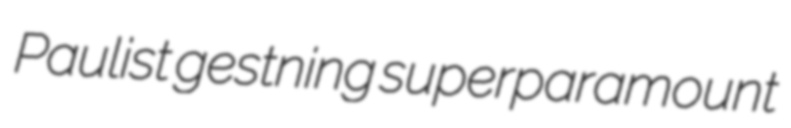
Paulist gestning superparamount